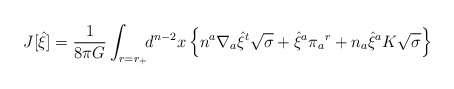
\begin{align*}J[{\hat\xi}] = {1\over8\pi G}\int_{r=r_+}\!\! d^{n-2}x\, \Bigl\{ n^a\nabla_a{\hat\xi}^t\sqrt{\sigma} + {\hat\xi}^a\pi_a{}^r + n_a{\hat\xi}^a K\sqrt{\sigma} \Bigr\}\end{align*}